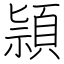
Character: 頴